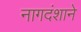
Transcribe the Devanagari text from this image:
नागदंशाने